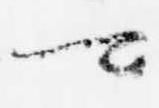
可